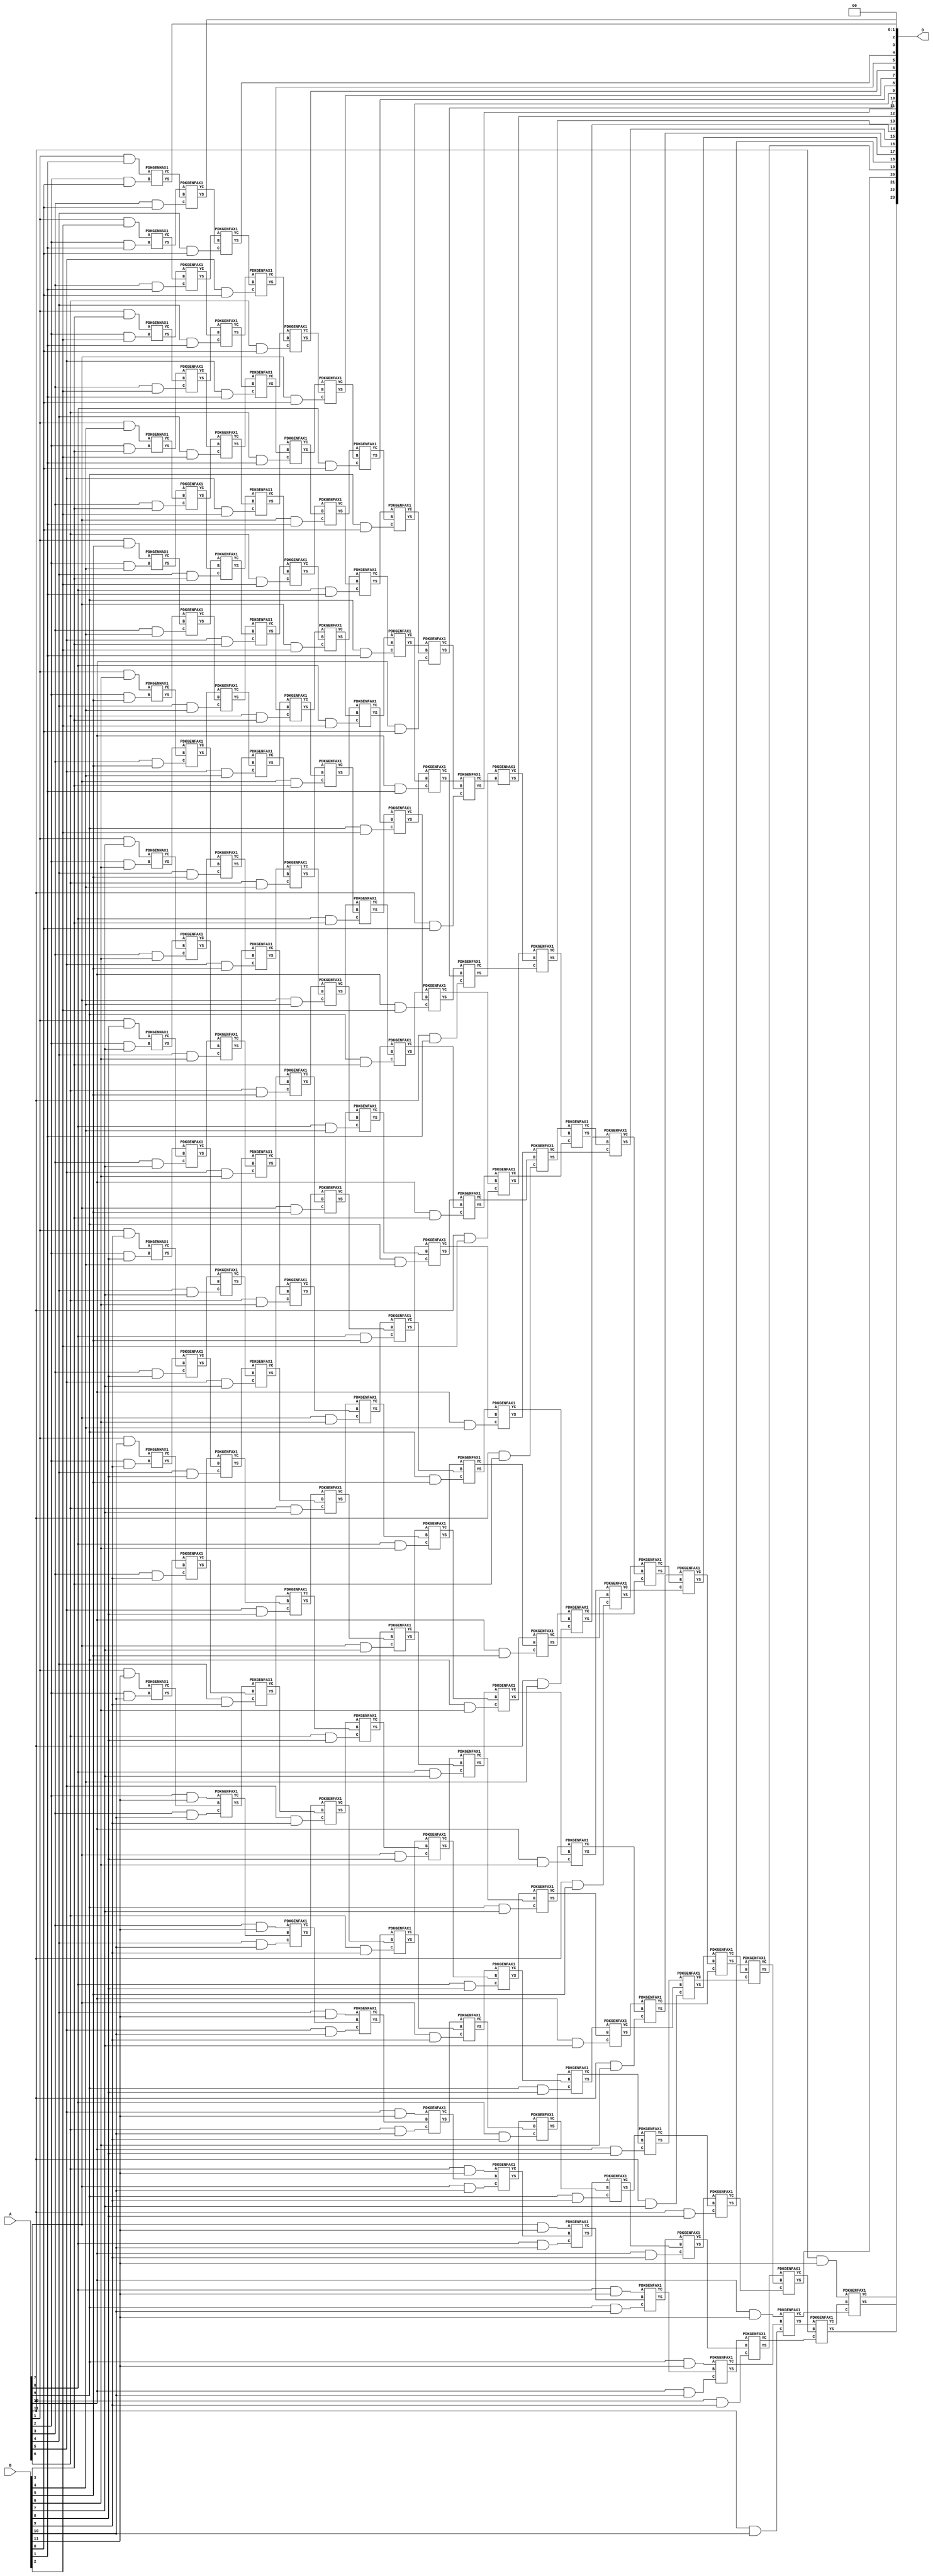
/***
* This code is a part of EvoApproxLib library (ehw.fit.vutbr.cz/approxlib) distributed under The MIT License.
* When used, please cite the following article(s): V. Mrazek, Z. Vasicek, L. Sekanina, H. Jiang and J. Han, "Scalable Construction of Approximate Multipliers With Formally Guaranteed Worst Case Error" in IEEE Transactions on Very Large Scale Integration (VLSI) Systems, vol. 26, no. 11, pp. 2572-2576, Nov. 2018. doi: 10.1109/TVLSI.2018.2856362 
* This file contains a circuit from a sub-set of pareto optimal circuits with respect to the pwr and ep parameters
***/
// MAE% = 0.0061 %
// MAE = 1024 
// WCE% = 0.024 %
// WCE = 4097 
// WCRE% = 100.00 %
// EP% = 62.49 %
// MRE% = 0.12 %
// MSE = 27962.037e2 
// PDK45_PWR = 1.034 mW
// PDK45_AREA = 1472.7 um2
// PDK45_DELAY = 2.19 ns


module mul12u_2EP ( A, B, O );
  input [11:0] A;
  input [11:0] B;
  output [23:0] O;

  wire C_10_0,C_10_1,C_10_10,C_10_2,C_10_3,C_10_4,C_10_5,C_10_6,C_10_7,C_10_8,C_10_9,C_11_0,C_11_1,C_11_10,C_11_2,C_11_3,C_11_4,C_11_5,C_11_6,C_11_7,C_11_8,C_11_9,C_12_0,C_12_1,C_12_10,C_12_2,C_12_3,C_12_4,C_12_5,C_12_6,C_12_7,C_12_8,C_12_9,C_2_0,C_2_1,C_2_10,C_2_2,C_2_3,C_2_4,C_2_5,C_2_6,C_2_7,C_2_8,C_2_9,C_3_0,C_3_1,C_3_10,C_3_2,C_3_3,C_3_4,C_3_5,C_3_6,C_3_7,C_3_8,C_3_9,C_4_0,C_4_1,C_4_10,C_4_2,C_4_3,C_4_4,C_4_5,C_4_6,C_4_7,C_4_8,C_4_9,C_5_0,C_5_1,C_5_10,C_5_2,C_5_3,C_5_4,C_5_5,C_5_6,C_5_7,C_5_8,C_5_9,C_6_0,C_6_1,C_6_10,C_6_2,C_6_3,C_6_4,C_6_5,C_6_6,C_6_7,C_6_8,C_6_9,C_7_0,C_7_1,C_7_10,C_7_2,C_7_3,C_7_4,C_7_5,C_7_6,C_7_7,C_7_8,C_7_9,C_8_0,C_8_1,C_8_10,C_8_2,C_8_3,C_8_4,C_8_5,C_8_6,C_8_7,C_8_8,C_8_9,C_9_0,C_9_1,C_9_10,C_9_2,C_9_3,C_9_4,C_9_5,C_9_6,C_9_7,C_9_8,C_9_9,S_10_0,S_10_1,S_10_10,S_10_11,S_10_2,S_10_3,S_10_4,S_10_5,S_10_6,S_10_7,S_10_8,S_10_9,S_11_0,S_11_1,S_11_10,S_11_11,S_11_2,S_11_3,S_11_4,S_11_5,S_11_6,S_11_7,S_11_8,S_11_9,S_12_0,S_12_1,S_12_10,S_12_11,S_12_2,S_12_3,S_12_4,S_12_5,S_12_6,S_12_7,S_12_8,S_12_9,S_1_1,S_1_10,S_1_11,S_1_2,S_1_3,S_1_4,S_1_5,S_1_6,S_1_7,S_1_8,S_1_9,S_2_0,S_2_1,S_2_10,S_2_11,S_2_2,S_2_3,S_2_4,S_2_5,S_2_6,S_2_7,S_2_8,S_2_9,S_3_0,S_3_1,S_3_10,S_3_11,S_3_2,S_3_3,S_3_4,S_3_5,S_3_6,S_3_7,S_3_8,S_3_9,S_4_0,S_4_1,S_4_10,S_4_11,S_4_2,S_4_3,S_4_4,S_4_5,S_4_6,S_4_7,S_4_8,S_4_9,S_5_0,S_5_1,S_5_10,S_5_11,S_5_2,S_5_3,S_5_4,S_5_5,S_5_6,S_5_7,S_5_8,S_5_9,S_6_0,S_6_1,S_6_10,S_6_11,S_6_2,S_6_3,S_6_4,S_6_5,S_6_6,S_6_7,S_6_8,S_6_9,S_7_0,S_7_1,S_7_10,S_7_11,S_7_2,S_7_3,S_7_4,S_7_5,S_7_6,S_7_7,S_7_8,S_7_9,S_8_0,S_8_1,S_8_10,S_8_11,S_8_2,S_8_3,S_8_4,S_8_5,S_8_6,S_8_7,S_8_8,S_8_9,S_9_0,S_9_1,S_9_10,S_9_11,S_9_2,S_9_3,S_9_4,S_9_5,S_9_6,S_9_7,S_9_8,S_9_9;

  assign S_1_1 = (A[1] & B[1]);
  assign S_1_2 = (A[1] & B[2]);
  assign S_1_3 = (A[1] & B[3]);
  assign S_1_4 = (A[1] & B[4]);
  assign S_1_5 = (A[1] & B[5]);
  assign S_1_6 = (A[1] & B[6]);
  assign S_1_7 = (A[1] & B[7]);
  assign S_1_8 = (A[1] & B[8]);
  assign S_1_9 = (A[1] & B[9]);
  assign S_1_10 = (A[1] & B[10]);
  assign S_1_11 = (A[1] & B[11]);
  PDKGENHAX1 U19297 (.A(S_1_1), .B((A[2] & B[0])), .YS(S_2_0), .YC(C_2_0));
  PDKGENHAX1 U19298 (.A(S_1_2), .B((A[2] & B[1])), .YS(S_2_1), .YC(C_2_1));
  PDKGENHAX1 U19299 (.A(S_1_3), .B((A[2] & B[2])), .YS(S_2_2), .YC(C_2_2));
  PDKGENHAX1 U19300 (.A(S_1_4), .B((A[2] & B[3])), .YS(S_2_3), .YC(C_2_3));
  PDKGENHAX1 U19301 (.A(S_1_5), .B((A[2] & B[4])), .YS(S_2_4), .YC(C_2_4));
  PDKGENHAX1 U19302 (.A(S_1_6), .B((A[2] & B[5])), .YS(S_2_5), .YC(C_2_5));
  PDKGENHAX1 U19303 (.A(S_1_7), .B((A[2] & B[6])), .YS(S_2_6), .YC(C_2_6));
  PDKGENHAX1 U19304 (.A(S_1_8), .B((A[2] & B[7])), .YS(S_2_7), .YC(C_2_7));
  PDKGENHAX1 U19305 (.A(S_1_9), .B((A[2] & B[8])), .YS(S_2_8), .YC(C_2_8));
  PDKGENHAX1 U19306 (.A(S_1_10), .B((A[2] & B[9])), .YS(S_2_9), .YC(C_2_9));
  PDKGENHAX1 U19307 (.A(S_1_11), .B((A[2] & B[10])), .YS(S_2_10), .YC(C_2_10));
  assign S_2_11 = (A[2] & B[11]);
  PDKGENFAX1 U19309 (.A(S_2_1), .B(C_2_0), .C((A[3] & B[0])), .YS(S_3_0), .YC(C_3_0));
  PDKGENFAX1 U19310 (.A(S_2_2), .B(C_2_1), .C((A[3] & B[1])), .YS(S_3_1), .YC(C_3_1));
  PDKGENFAX1 U19311 (.A(S_2_3), .B(C_2_2), .C((A[3] & B[2])), .YS(S_3_2), .YC(C_3_2));
  PDKGENFAX1 U19312 (.A(S_2_4), .B(C_2_3), .C((A[3] & B[3])), .YS(S_3_3), .YC(C_3_3));
  PDKGENFAX1 U19313 (.A(S_2_5), .B(C_2_4), .C((A[3] & B[4])), .YS(S_3_4), .YC(C_3_4));
  PDKGENFAX1 U19314 (.A(S_2_6), .B(C_2_5), .C((A[3] & B[5])), .YS(S_3_5), .YC(C_3_5));
  PDKGENFAX1 U19315 (.A(S_2_7), .B(C_2_6), .C((A[3] & B[6])), .YS(S_3_6), .YC(C_3_6));
  PDKGENFAX1 U19316 (.A(S_2_8), .B(C_2_7), .C((A[3] & B[7])), .YS(S_3_7), .YC(C_3_7));
  PDKGENFAX1 U19317 (.A(S_2_9), .B(C_2_8), .C((A[3] & B[8])), .YS(S_3_8), .YC(C_3_8));
  PDKGENFAX1 U19318 (.A(S_2_10), .B(C_2_9), .C((A[3] & B[9])), .YS(S_3_9), .YC(C_3_9));
  PDKGENFAX1 U19319 (.A(S_2_11), .B(C_2_10), .C((A[3] & B[10])), .YS(S_3_10), .YC(C_3_10));
  assign S_3_11 = (A[3] & B[11]);
  PDKGENFAX1 U19321 (.A(S_3_1), .B(C_3_0), .C((A[4] & B[0])), .YS(S_4_0), .YC(C_4_0));
  PDKGENFAX1 U19322 (.A(S_3_2), .B(C_3_1), .C((A[4] & B[1])), .YS(S_4_1), .YC(C_4_1));
  PDKGENFAX1 U19323 (.A(S_3_3), .B(C_3_2), .C((A[4] & B[2])), .YS(S_4_2), .YC(C_4_2));
  PDKGENFAX1 U19324 (.A(S_3_4), .B(C_3_3), .C((A[4] & B[3])), .YS(S_4_3), .YC(C_4_3));
  PDKGENFAX1 U19325 (.A(S_3_5), .B(C_3_4), .C((A[4] & B[4])), .YS(S_4_4), .YC(C_4_4));
  PDKGENFAX1 U19326 (.A(S_3_6), .B(C_3_5), .C((A[4] & B[5])), .YS(S_4_5), .YC(C_4_5));
  PDKGENFAX1 U19327 (.A(S_3_7), .B(C_3_6), .C((A[4] & B[6])), .YS(S_4_6), .YC(C_4_6));
  PDKGENFAX1 U19328 (.A(S_3_8), .B(C_3_7), .C((A[4] & B[7])), .YS(S_4_7), .YC(C_4_7));
  PDKGENFAX1 U19329 (.A(S_3_9), .B(C_3_8), .C((A[4] & B[8])), .YS(S_4_8), .YC(C_4_8));
  PDKGENFAX1 U19330 (.A(S_3_10), .B(C_3_9), .C((A[4] & B[9])), .YS(S_4_9), .YC(C_4_9));
  PDKGENFAX1 U19331 (.A(S_3_11), .B(C_3_10), .C((A[4] & B[10])), .YS(S_4_10), .YC(C_4_10));
  assign S_4_11 = (A[4] & B[11]);
  PDKGENFAX1 U19333 (.A(S_4_1), .B(C_4_0), .C((A[5] & B[0])), .YS(S_5_0), .YC(C_5_0));
  PDKGENFAX1 U19334 (.A(S_4_2), .B(C_4_1), .C((A[5] & B[1])), .YS(S_5_1), .YC(C_5_1));
  PDKGENFAX1 U19335 (.A(S_4_3), .B(C_4_2), .C((A[5] & B[2])), .YS(S_5_2), .YC(C_5_2));
  PDKGENFAX1 U19336 (.A(S_4_4), .B(C_4_3), .C((A[5] & B[3])), .YS(S_5_3), .YC(C_5_3));
  PDKGENFAX1 U19337 (.A(S_4_5), .B(C_4_4), .C((A[5] & B[4])), .YS(S_5_4), .YC(C_5_4));
  PDKGENFAX1 U19338 (.A(S_4_6), .B(C_4_5), .C((A[5] & B[5])), .YS(S_5_5), .YC(C_5_5));
  PDKGENFAX1 U19339 (.A(S_4_7), .B(C_4_6), .C((A[5] & B[6])), .YS(S_5_6), .YC(C_5_6));
  PDKGENFAX1 U19340 (.A(S_4_8), .B(C_4_7), .C((A[5] & B[7])), .YS(S_5_7), .YC(C_5_7));
  PDKGENFAX1 U19341 (.A(S_4_9), .B(C_4_8), .C((A[5] & B[8])), .YS(S_5_8), .YC(C_5_8));
  PDKGENFAX1 U19342 (.A(S_4_10), .B(C_4_9), .C((A[5] & B[9])), .YS(S_5_9), .YC(C_5_9));
  PDKGENFAX1 U19343 (.A(S_4_11), .B(C_4_10), .C((A[5] & B[10])), .YS(S_5_10), .YC(C_5_10));
  assign S_5_11 = (A[5] & B[11]);
  PDKGENFAX1 U19345 (.A(S_5_1), .B(C_5_0), .C((A[6] & B[0])), .YS(S_6_0), .YC(C_6_0));
  PDKGENFAX1 U19346 (.A(S_5_2), .B(C_5_1), .C((A[6] & B[1])), .YS(S_6_1), .YC(C_6_1));
  PDKGENFAX1 U19347 (.A(S_5_3), .B(C_5_2), .C((A[6] & B[2])), .YS(S_6_2), .YC(C_6_2));
  PDKGENFAX1 U19348 (.A(S_5_4), .B(C_5_3), .C((A[6] & B[3])), .YS(S_6_3), .YC(C_6_3));
  PDKGENFAX1 U19349 (.A(S_5_5), .B(C_5_4), .C((A[6] & B[4])), .YS(S_6_4), .YC(C_6_4));
  PDKGENFAX1 U19350 (.A(S_5_6), .B(C_5_5), .C((A[6] & B[5])), .YS(S_6_5), .YC(C_6_5));
  PDKGENFAX1 U19351 (.A(S_5_7), .B(C_5_6), .C((A[6] & B[6])), .YS(S_6_6), .YC(C_6_6));
  PDKGENFAX1 U19352 (.A(S_5_8), .B(C_5_7), .C((A[6] & B[7])), .YS(S_6_7), .YC(C_6_7));
  PDKGENFAX1 U19353 (.A(S_5_9), .B(C_5_8), .C((A[6] & B[8])), .YS(S_6_8), .YC(C_6_8));
  PDKGENFAX1 U19354 (.A(S_5_10), .B(C_5_9), .C((A[6] & B[9])), .YS(S_6_9), .YC(C_6_9));
  PDKGENFAX1 U19355 (.A(S_5_11), .B(C_5_10), .C((A[6] & B[10])), .YS(S_6_10), .YC(C_6_10));
  assign S_6_11 = (A[6] & B[11]);
  PDKGENFAX1 U19357 (.A(S_6_1), .B(C_6_0), .C((A[7] & B[0])), .YS(S_7_0), .YC(C_7_0));
  PDKGENFAX1 U19358 (.A(S_6_2), .B(C_6_1), .C((A[7] & B[1])), .YS(S_7_1), .YC(C_7_1));
  PDKGENFAX1 U19359 (.A(S_6_3), .B(C_6_2), .C((A[7] & B[2])), .YS(S_7_2), .YC(C_7_2));
  PDKGENFAX1 U19360 (.A(S_6_4), .B(C_6_3), .C((A[7] & B[3])), .YS(S_7_3), .YC(C_7_3));
  PDKGENFAX1 U19361 (.A(S_6_5), .B(C_6_4), .C((A[7] & B[4])), .YS(S_7_4), .YC(C_7_4));
  PDKGENFAX1 U19362 (.A(S_6_6), .B(C_6_5), .C((A[7] & B[5])), .YS(S_7_5), .YC(C_7_5));
  PDKGENFAX1 U19363 (.A(S_6_7), .B(C_6_6), .C((A[7] & B[6])), .YS(S_7_6), .YC(C_7_6));
  PDKGENFAX1 U19364 (.A(S_6_8), .B(C_6_7), .C((A[7] & B[7])), .YS(S_7_7), .YC(C_7_7));
  PDKGENFAX1 U19365 (.A(S_6_9), .B(C_6_8), .C((A[7] & B[8])), .YS(S_7_8), .YC(C_7_8));
  PDKGENFAX1 U19366 (.A(S_6_10), .B(C_6_9), .C((A[7] & B[9])), .YS(S_7_9), .YC(C_7_9));
  PDKGENFAX1 U19367 (.A(S_6_11), .B(C_6_10), .C((A[7] & B[10])), .YS(S_7_10), .YC(C_7_10));
  assign S_7_11 = (A[7] & B[11]);
  PDKGENFAX1 U19369 (.A(S_7_1), .B(C_7_0), .C((A[8] & B[0])), .YS(S_8_0), .YC(C_8_0));
  PDKGENFAX1 U19370 (.A(S_7_2), .B(C_7_1), .C((A[8] & B[1])), .YS(S_8_1), .YC(C_8_1));
  PDKGENFAX1 U19371 (.A(S_7_3), .B(C_7_2), .C((A[8] & B[2])), .YS(S_8_2), .YC(C_8_2));
  PDKGENFAX1 U19372 (.A(S_7_4), .B(C_7_3), .C((A[8] & B[3])), .YS(S_8_3), .YC(C_8_3));
  PDKGENFAX1 U19373 (.A(S_7_5), .B(C_7_4), .C((A[8] & B[4])), .YS(S_8_4), .YC(C_8_4));
  PDKGENFAX1 U19374 (.A(S_7_6), .B(C_7_5), .C((A[8] & B[5])), .YS(S_8_5), .YC(C_8_5));
  PDKGENFAX1 U19375 (.A(S_7_7), .B(C_7_6), .C((A[8] & B[6])), .YS(S_8_6), .YC(C_8_6));
  PDKGENFAX1 U19376 (.A(S_7_8), .B(C_7_7), .C((A[8] & B[7])), .YS(S_8_7), .YC(C_8_7));
  PDKGENFAX1 U19377 (.A(S_7_9), .B(C_7_8), .C((A[8] & B[8])), .YS(S_8_8), .YC(C_8_8));
  PDKGENFAX1 U19378 (.A(S_7_10), .B(C_7_9), .C((A[8] & B[9])), .YS(S_8_9), .YC(C_8_9));
  PDKGENFAX1 U19379 (.A(S_7_11), .B(C_7_10), .C((A[8] & B[10])), .YS(S_8_10), .YC(C_8_10));
  assign S_8_11 = (A[8] & B[11]);
  PDKGENFAX1 U19381 (.A(S_8_1), .B(C_8_0), .C((A[9] & B[0])), .YS(S_9_0), .YC(C_9_0));
  PDKGENFAX1 U19382 (.A(S_8_2), .B(C_8_1), .C((A[9] & B[1])), .YS(S_9_1), .YC(C_9_1));
  PDKGENFAX1 U19383 (.A(S_8_3), .B(C_8_2), .C((A[9] & B[2])), .YS(S_9_2), .YC(C_9_2));
  PDKGENFAX1 U19384 (.A(S_8_4), .B(C_8_3), .C((A[9] & B[3])), .YS(S_9_3), .YC(C_9_3));
  PDKGENFAX1 U19385 (.A(S_8_5), .B(C_8_4), .C((A[9] & B[4])), .YS(S_9_4), .YC(C_9_4));
  PDKGENFAX1 U19386 (.A(S_8_6), .B(C_8_5), .C((A[9] & B[5])), .YS(S_9_5), .YC(C_9_5));
  PDKGENFAX1 U19387 (.A(S_8_7), .B(C_8_6), .C((A[9] & B[6])), .YS(S_9_6), .YC(C_9_6));
  PDKGENFAX1 U19388 (.A(S_8_8), .B(C_8_7), .C((A[9] & B[7])), .YS(S_9_7), .YC(C_9_7));
  PDKGENFAX1 U19389 (.A(S_8_9), .B(C_8_8), .C((A[9] & B[8])), .YS(S_9_8), .YC(C_9_8));
  PDKGENFAX1 U19390 (.A(S_8_10), .B(C_8_9), .C((A[9] & B[9])), .YS(S_9_9), .YC(C_9_9));
  PDKGENFAX1 U19391 (.A(S_8_11), .B(C_8_10), .C((A[9] & B[10])), .YS(S_9_10), .YC(C_9_10));
  assign S_9_11 = (A[9] & B[11]);
  PDKGENFAX1 U19393 (.A(S_9_1), .B(C_9_0), .C((A[10] & B[0])), .YS(S_10_0), .YC(C_10_0));
  PDKGENFAX1 U19394 (.A(S_9_2), .B(C_9_1), .C((A[10] & B[1])), .YS(S_10_1), .YC(C_10_1));
  PDKGENFAX1 U19395 (.A(S_9_3), .B(C_9_2), .C((A[10] & B[2])), .YS(S_10_2), .YC(C_10_2));
  PDKGENFAX1 U19396 (.A(S_9_4), .B(C_9_3), .C((A[10] & B[3])), .YS(S_10_3), .YC(C_10_3));
  PDKGENFAX1 U19397 (.A(S_9_5), .B(C_9_4), .C((A[10] & B[4])), .YS(S_10_4), .YC(C_10_4));
  PDKGENFAX1 U19398 (.A(S_9_6), .B(C_9_5), .C((A[10] & B[5])), .YS(S_10_5), .YC(C_10_5));
  PDKGENFAX1 U19399 (.A(S_9_7), .B(C_9_6), .C((A[10] & B[6])), .YS(S_10_6), .YC(C_10_6));
  PDKGENFAX1 U19400 (.A(S_9_8), .B(C_9_7), .C((A[10] & B[7])), .YS(S_10_7), .YC(C_10_7));
  PDKGENFAX1 U19401 (.A(S_9_9), .B(C_9_8), .C((A[10] & B[8])), .YS(S_10_8), .YC(C_10_8));
  PDKGENFAX1 U19402 (.A(S_9_10), .B(C_9_9), .C((A[10] & B[9])), .YS(S_10_9), .YC(C_10_9));
  PDKGENFAX1 U19403 (.A(S_9_11), .B(C_9_10), .C((A[10] & B[10])), .YS(S_10_10), .YC(C_10_10));
  assign S_10_11 = (A[10] & B[11]);
  PDKGENFAX1 U19405 (.A(S_10_1), .B(C_10_0), .C((A[11] & B[0])), .YS(S_11_0), .YC(C_11_0));
  PDKGENFAX1 U19406 (.A(S_10_2), .B(C_10_1), .C((A[11] & B[1])), .YS(S_11_1), .YC(C_11_1));
  PDKGENFAX1 U19407 (.A(S_10_3), .B(C_10_2), .C((A[11] & B[2])), .YS(S_11_2), .YC(C_11_2));
  PDKGENFAX1 U19408 (.A(S_10_4), .B(C_10_3), .C((A[11] & B[3])), .YS(S_11_3), .YC(C_11_3));
  PDKGENFAX1 U19409 (.A(S_10_5), .B(C_10_4), .C((A[11] & B[4])), .YS(S_11_4), .YC(C_11_4));
  PDKGENFAX1 U19410 (.A(S_10_6), .B(C_10_5), .C((A[11] & B[5])), .YS(S_11_5), .YC(C_11_5));
  PDKGENFAX1 U19411 (.A(S_10_7), .B(C_10_6), .C((A[11] & B[6])), .YS(S_11_6), .YC(C_11_6));
  PDKGENFAX1 U19412 (.A(S_10_8), .B(C_10_7), .C((A[11] & B[7])), .YS(S_11_7), .YC(C_11_7));
  PDKGENFAX1 U19413 (.A(S_10_9), .B(C_10_8), .C((A[11] & B[8])), .YS(S_11_8), .YC(C_11_8));
  PDKGENFAX1 U19414 (.A(S_10_10), .B(C_10_9), .C((A[11] & B[9])), .YS(S_11_9), .YC(C_11_9));
  PDKGENFAX1 U19415 (.A(S_10_11), .B(C_10_10), .C((A[11] & B[10])), .YS(S_11_10), .YC(C_11_10));
  assign S_11_11 = (A[11] & B[11]);
  PDKGENHAX1 U19417 (.A(S_11_1), .B(C_11_0), .YS(S_12_0), .YC(C_12_0));
  PDKGENFAX1 U19418 (.A(S_11_2), .B(C_12_0), .C(C_11_1), .YS(S_12_1), .YC(C_12_1));
  PDKGENFAX1 U19419 (.A(S_11_3), .B(C_12_1), .C(C_11_2), .YS(S_12_2), .YC(C_12_2));
  PDKGENFAX1 U19420 (.A(S_11_4), .B(C_12_2), .C(C_11_3), .YS(S_12_3), .YC(C_12_3));
  PDKGENFAX1 U19421 (.A(S_11_5), .B(C_12_3), .C(C_11_4), .YS(S_12_4), .YC(C_12_4));
  PDKGENFAX1 U19422 (.A(S_11_6), .B(C_12_4), .C(C_11_5), .YS(S_12_5), .YC(C_12_5));
  PDKGENFAX1 U19423 (.A(S_11_7), .B(C_12_5), .C(C_11_6), .YS(S_12_6), .YC(C_12_6));
  PDKGENFAX1 U19424 (.A(S_11_8), .B(C_12_6), .C(C_11_7), .YS(S_12_7), .YC(C_12_7));
  PDKGENFAX1 U19425 (.A(S_11_9), .B(C_12_7), .C(C_11_8), .YS(S_12_8), .YC(C_12_8));
  PDKGENFAX1 U19426 (.A(S_11_10), .B(C_12_8), .C(C_11_9), .YS(S_12_9), .YC(C_12_9));
  PDKGENFAX1 U19427 (.A(S_11_11), .B(C_12_9), .C(C_11_10), .YS(S_12_10), .YC(C_12_10));
  assign S_12_11 = C_12_10;
  assign O = {S_12_11,S_12_10,S_12_9,S_12_8,S_12_7,S_12_6,S_12_5,S_12_4,S_12_3,S_12_2,S_12_1,S_12_0,S_11_0,S_10_0,S_9_0,S_8_0,S_7_0,S_6_0,S_5_0,S_4_0,S_3_0,S_2_0,1'b0,1'b0};

endmodule

/* mod */
module PDKGENHAX1( input A, input B, output YS, output YC );
    assign YS = A ^ B;
    assign YC = A & B;
endmodule
/* mod */
module PDKGENFAX1( input A, input B, input C, output YS, output YC );
    assign YS = (A ^ B) ^ C;
    assign YC = (A & B) | (B & C) | (A & C);
endmodule